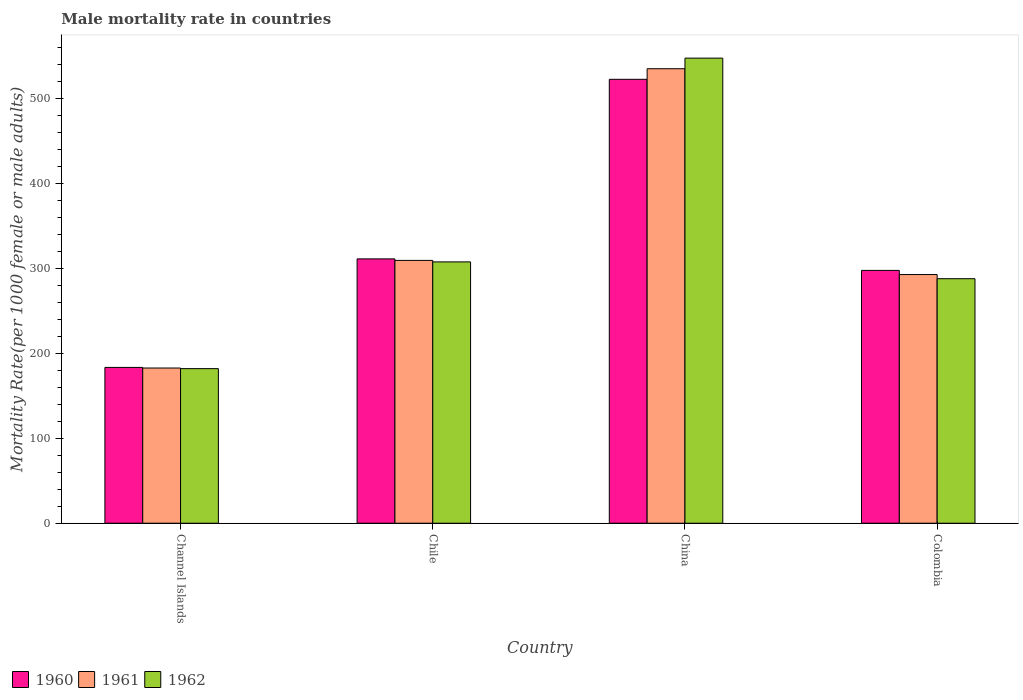
| Country | 1960 | 1961 | 1962 |
 | --- | --- | --- | --- |
 | Channel Islands | 183 | 183 | 182 |
 | Chile | 311 | 309 | 308 |
 | China | 522 | 535 | 547 |
 | Colombia | 298 | 293 | 288 |